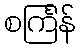
စင်္ကြန်